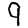
Digit: 9